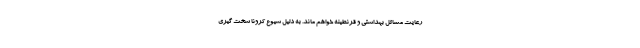
رعایت مسائل بهداشتی و قرنطینه خواهم ماند. به دلیل شیوع کرونا سخت گیری